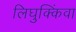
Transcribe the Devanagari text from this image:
लिघुक्किंवा